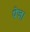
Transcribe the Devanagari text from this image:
पेज।